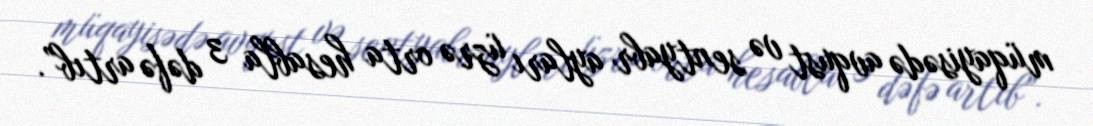
müqayisədə avqust və sentyabr ayları üzrə orta hesabla 3 dəfə artıb”.